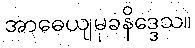
အာဓေယျမုခနိဒ္ဒေသ။